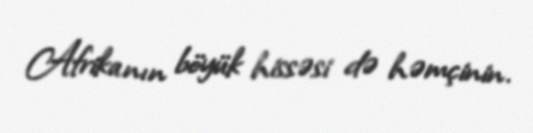
Afrikanın böyük hissəsi də həmçinin.